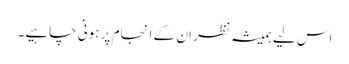
اس لیے ہمیشہ نظر ان کے انجام پر ہونی چاہیے۔